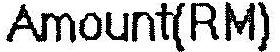
AMOUNT(RM)